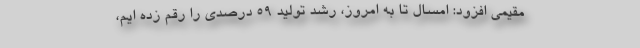
مقیمی افزود: امسال تا به امروز، رشد تولید ۵۹ درصدی را رقم زده ایم،